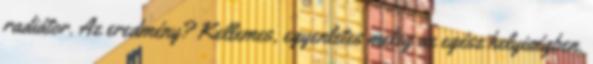
radiátor. Az eredmény? Kellemes, egyenletes meleg az egész helyiségben.